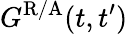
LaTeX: G^{\mathrm{R/A}}(t,t^{\prime})